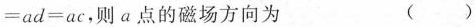
$$=ad=ac$$，则a点的磁场方向为 ( )